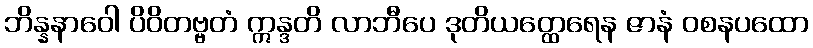
ဘိန္နနာဝေါ ပိဝိတဗ္ဗတံ ဣန္ဒတိ လာဘီပေ ဒုတိယတ္ထေရေန ဇာနံ ဝစနပထော